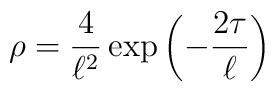
\rho = {4\over \ell^2} \exp \left(-{2\tau\over \ell}\right)